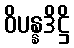
ဝိပန္နဒိဋ္ဌိ